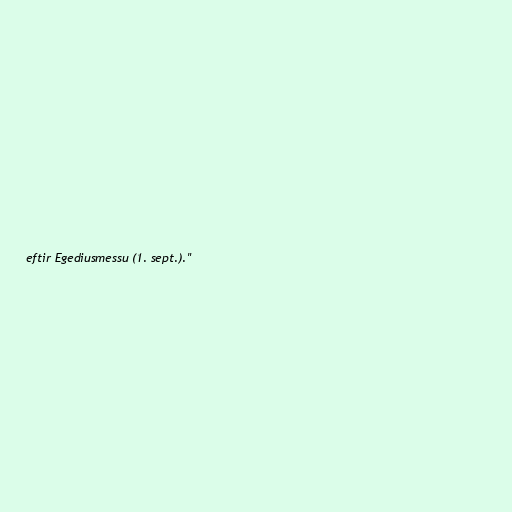
eftir Egediusmessu (1. sept.)."